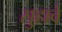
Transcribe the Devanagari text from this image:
सुहावे